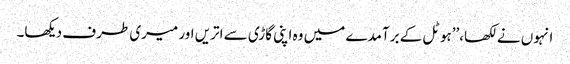
انہوں نے لکھا،’’ہوٹل کے برآمدے میں وہ اپنی گاڑی سے اتریں اور میری طرف دیکھا۔